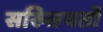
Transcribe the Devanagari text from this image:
सख्सियतों